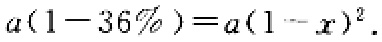
\(a(1 - 36\%) = a(1 - x)^{2}\)